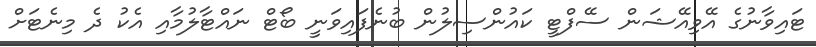
ޓައިވާނުގެ އޭވިއޭޝަން ސޭފްޓީ ކައުންސިލުން ބުނެފައިވަނީ ބޯޓް ނައްޓާލުމާއި އެކު ދެ މިނެޓަށް